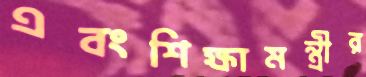
এবংশিক্ষামন্ত্রীর